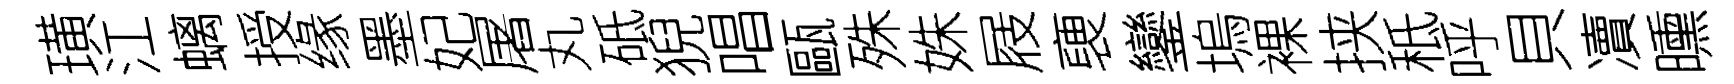
璜江螭授缘墨妃屠丸砥猊唱甌殊姝屐褏鑾塢裸挟秪呼貝凟曛